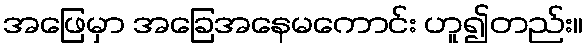
အဖြေမှာ အခြေအနေမကောင်း ဟူ၍တည်း။